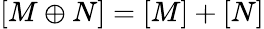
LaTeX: [M\oplus N]=[M]+[N]